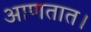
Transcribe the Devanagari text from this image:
आणतात।